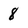
Character: 8